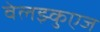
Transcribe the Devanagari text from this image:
वेलझ्कुएज